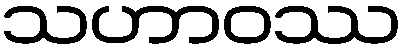
သဟာဝဿ